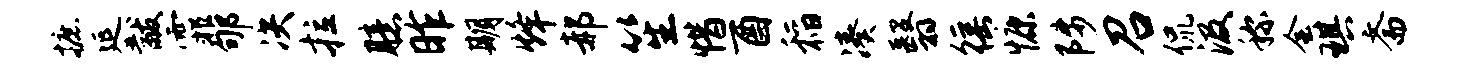
摭延黻霏郇决拉臆昨期烽郝笙惜酉稻凑翳徭慷陟召侃汲称会琪斋